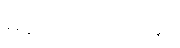
မပြောတတ်ချေ။